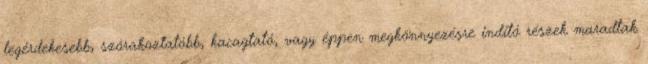
legérdekesebb, szórakoztatóbb, kacagtató, vagy éppen megkönnyezésre indító részek maradtak